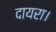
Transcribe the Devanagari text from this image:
दायरा।